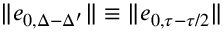
\| e _ { 0 , \Delta - \Delta ^ { \prime } } \| \equiv \| e _ { 0 , \tau - \tau / 2 } \|